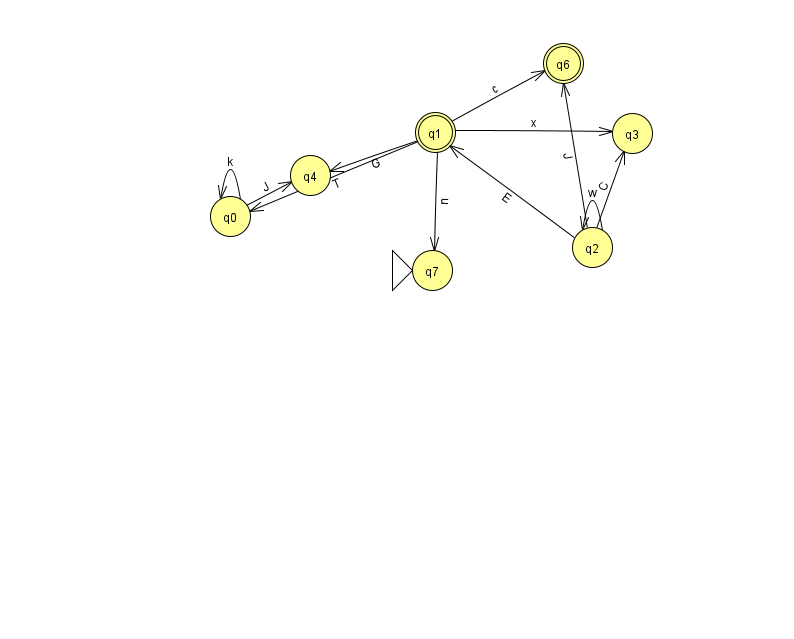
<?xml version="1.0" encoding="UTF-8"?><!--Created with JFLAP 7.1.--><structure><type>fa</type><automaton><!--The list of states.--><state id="0" name="q0"><x>230.0</x><y>203.0</y></state><state id="1" name="q1"><x>435.0</x><y>119.0</y><final/></state><state id="2" name="q2"><x>592.0</x><y>234.0</y></state><state id="3" name="q3"><x>632.0</x><y>120.0</y></state><state id="4" name="q4"><x>310.0</x><y>162.0</y></state><state id="6" name="q6"><x>563.0</x><y>50.0</y><final/></state><state id="7" name="q7"><x>432.0</x><y>257.0</y><initial/></state><!--The list of transitions.--><transition><from>1</from><to>4</to><read>G</read></transition><transition><from>1</from><to>7</to><read>n</read></transition><transition><from>2</from><to>1</to><read>E</read></transition><transition><from>2</from><to>3</to><read>C</read></transition><transition><from>1</from><to>0</to><read>T</read></transition><transition><from>2</from><to>6</to><read>J</read></transition><transition><from>2</from><to>2</to><read>w</read></transition><transition><from>0</from><to>4</to><read>J</read></transition><transition><from>0</from><to>0</to><read>k</read></transition><transition><from>1</from><to>6</to><read>c</read></transition><transition><from>1</from><to>3</to><read>x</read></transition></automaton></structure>